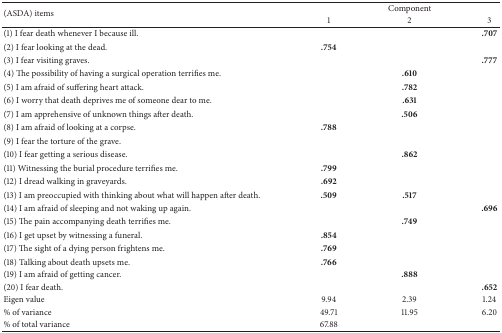
| <ROWSPAN=2> (ASDA) items | <COLSPAN=3> Component |
 | 1 | 2 | 3 |
 | --- | --- | --- | --- |
 | (1) I fear death whenever I because ill. |  |  | .707 |
 | (2) I fear looking at the dead. | .754 |  |  |
 | (3) I fear visiting graves. |  |  | .777 |
 | (4) The possibility of having a surgical operation terrifies me. |  | .610 |  |
 | (5) I am afraid of suffering heart attack. |  | .782 |  |
 | (6) I worry that death deprives me of someone dear to me. |  | .631 |  |
 | (7) I am apprehensive of unknown things after death. |  | .506 |  |
 | (8) I am afraid of looking at a corpse. | .788 |  |  |
 | (9) I fear the torture of the grave. |  |  |  |
 | (10) I fear getting a serious disease. |  | .862 |  |
 | (11) Witnessing the burial procedure terrifies me. | .799 |  |  |
 | (12) I dread walking in graveyards. | .692 |  |  |
 | (13) I am preoccupied with thinking about what will happen after death. | .509 | .517 |  |
 | (14) I am afraid of sleeping and not waking up again. |  |  | .696 |
 | (15) The pain accompanying death terrifies me. |  | .749 |  |
 | (16) I get upset by witnessing a funeral. | .854 |  |  |
 | (17) The sight of a dying person frightens me. | .769 |  |  |
 | (18) Talking about death upsets me. | .766 |  |  |
 | (19) I am afraid of getting cancer. |  | .888 |  |
 | (20) I fear death. |  |  | .652 |
 | Eigen value | 9.94 | 2.39 | 1.24 |
 | % of variance | 49.71 | 11.95 | 6.20 |
 | % of total variance | 67.88 |  |  |